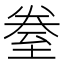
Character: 𮍢